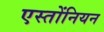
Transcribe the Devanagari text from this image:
एस्तोंनियन